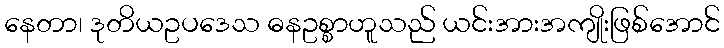
နေတာ၊ ဒုတိယဥပဒေသ ဓနဥစ္စာဟူသည် ယင်းအားအကျိုးဖြစ်အောင်